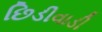
છિડીવાડી